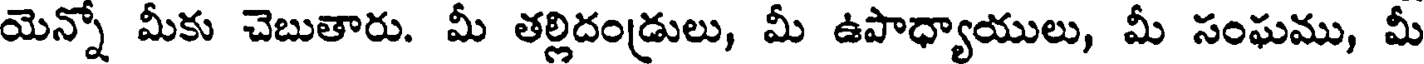
యెన్నో మీకు చెబుతారు. మీ తల్లిదండ్రులు, మీ ఉపాధ్యాయులు, మీ సంఘము, మీ